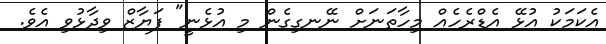
އެކަމަކު އުޅޭ އެޑްރެހެއް މިހާތަނަށް ނޭނގިގެން މި އުޅެނީ" ފަޔާޒް ވިދާޅުވި އެވެ.